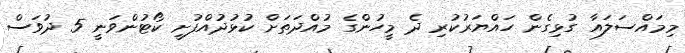
މިމައްސަލައާ ގުޅިގެން ހައްޔަރުކުރި ދެ މީހުންގެ މުއްދަތަށް ކުޅުދުއްފުށީ ކޯޓުންވަނީ 5 ދުވަސް